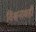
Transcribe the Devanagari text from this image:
विश्वनाथही